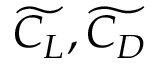
\displaystyle \widetilde { C _ { L } } , \widetilde { C _ { D } }